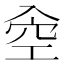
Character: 𠓯